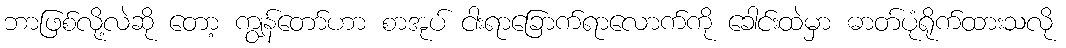
ဘာဖြစ်လို့လဲဆို တော့ ကျွန်တော်ဟာ စာအုပ် ငါးရာခြောက်ရာလောက်ကို ခေါင်းထဲမှာ ဓာတ်ပုံရိုက်ထားသလို